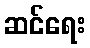
ဆင်ရေး